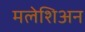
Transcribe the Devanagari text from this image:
मलेशिअन